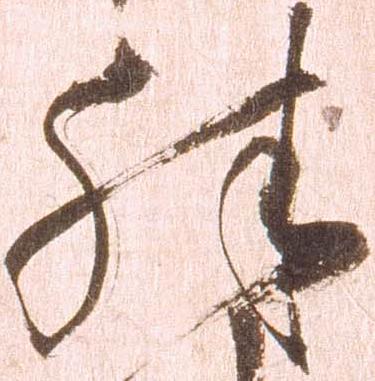
殊